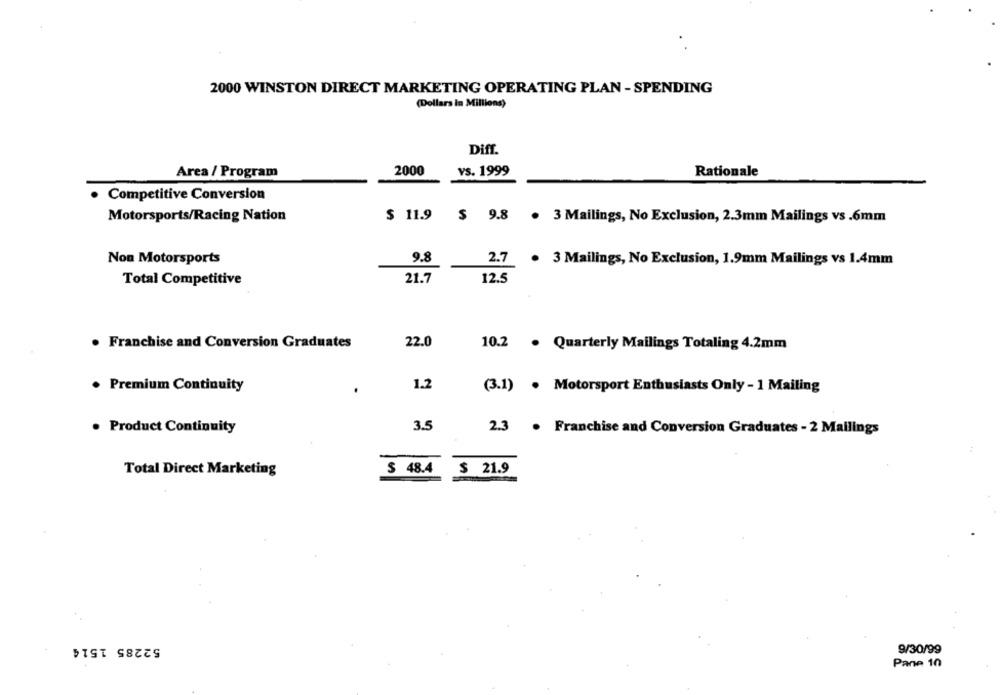
2000 WINSTON DIRECT MARKETING OPERATING PLAN - SPENDING
(Dollars in Millions)
Diff.
Area / Program
2000
YS. 1999
Rationale
· Competitive Conversion
Motorsports/Racing Nation
$ 11.9 $ 9.8 . 3 Mailings, No Exclusion, 2.3mm Mailings vs.6mm
Non Motorsports
9.8
2.7 . 3 Mailings, No Exclusion, 1.9mm Mailings vs 1.4mm
Total Competitive
21.7
12.5
. Franchise and Conversion Graduates
22.0
10.2 . Quarterly Mailings Totaling 4.2mm
. Premium Continuity
1.2
(3.1) . Motorsport Enthusiasts Only - 1 Mailing
.
. Product Continuity
3.5
2.3
. Franchise and Conversion Graduates - 2 Mailings
Total Direct Marketing
$ 48.4
$ 21.9
52285 1514
9/30/99
Pane 10